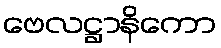
ဗေလဋ္ဌာနိကော